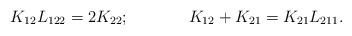
LaTeX: \begin{align*}K_{12}L_{122}=2K_{22};\hspace{1.5cm}K_{12}+K_{21}=K_{21}L_{211}.\end{align*}